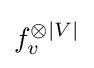
f_{v}^{\otimes |V|}